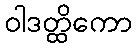
ဝါဒတ္ထိကော